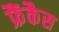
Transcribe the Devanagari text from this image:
फ्रैंकैस